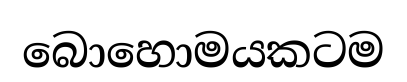
බොහොමයකටම